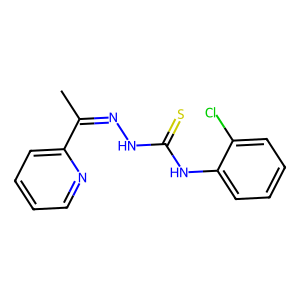
SMILES: CC(=NNC(=S)Nc1ccccc1Cl)c1ccccn1
Inhibits HIV replication: No